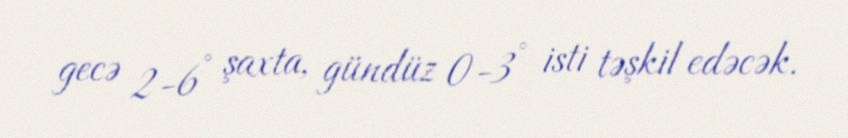
gecə 2-6° şaxta, gündüz 0-3° isti təşkil edəcək.